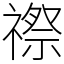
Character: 䄞